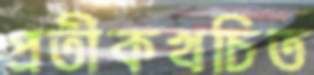
প্রতীকখচিত